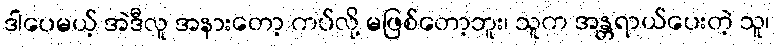
ဒါပေမယ့် အဲဒီလူ အနားတော့ ကပ်လို့ မဖြစ်တော့ဘူး၊ သူက အန္တရာယ်ပေးတဲ့ သူ၊